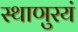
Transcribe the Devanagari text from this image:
स्थाणुरयं